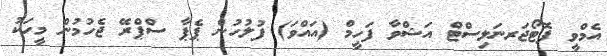
އެމްވީ ފޮޓޯޖަރނަލިސްޓް އަޝްވާ ފަހީމް (އައްވަ) ފުލުހުން ޕެޕާ ސްޕްރޭ ޖެހުމުން މީހަކު